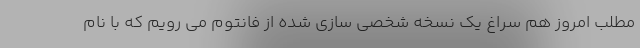
مطلب امروز هم سراغ یک نسخه شخصی سازی شده از فانتوم می رویم که با نام